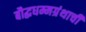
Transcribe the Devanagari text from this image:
बौद्धधम्मग्रंथाची